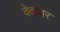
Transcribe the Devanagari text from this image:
वेदावर